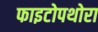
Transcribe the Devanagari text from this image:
फाइटोपथोरा